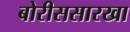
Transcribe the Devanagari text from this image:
बोरीससारखा